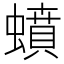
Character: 蟦